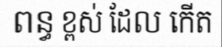
ពន្ធ ខ្ពស់ ដែល កើត